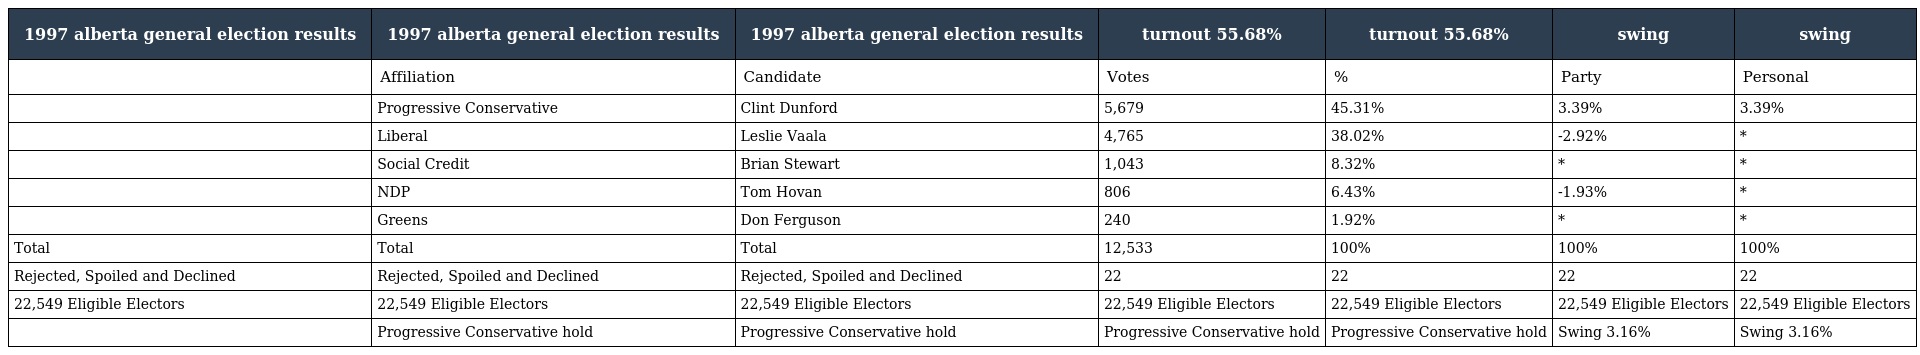
| 1997 alberta general election results | 1997 alberta general election results | 1997 alberta general election results | turnout 55.68% | turnout 55.68% | swing | swing |
 | --- | --- | --- | --- | --- | --- | --- |
 |  | Affiliation | Candidate | Votes | % | Party | Personal |
 |  | Progressive Conservative | Clint Dunford | 5,679 | 45.31% | 3.39% | 3.39% |
 |  | Liberal | Leslie Vaala | 4,765 | 38.02% | -2.92% | * |
 |  | Social Credit | Brian Stewart | 1,043 | 8.32% | * | * |
 |  | NDP | Tom Hovan | 806 | 6.43% | -1.93% | * |
 |  | Greens | Don Ferguson | 240 | 1.92% | * | * |
 | Total | Total | Total | 12,533 | 100% | 100% | 100% |
 | Rejected, Spoiled and Declined | Rejected, Spoiled and Declined | Rejected, Spoiled and Declined | 22 | 22 | 22 | 22 |
 | 22,549 Eligible Electors | 22,549 Eligible Electors | 22,549 Eligible Electors | 22,549 Eligible Electors | 22,549 Eligible Electors | 22,549 Eligible Electors | 22,549 Eligible Electors |
 |  | Progressive Conservative hold | Progressive Conservative hold | Progressive Conservative hold | Progressive Conservative hold | Swing 3.16% | Swing 3.16% |